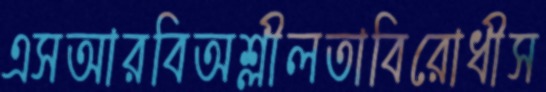
এসআরবিঅশ্লীলতাবিরোধীস